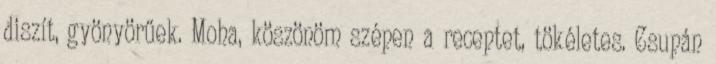
diszít, gyönyörűek. Moha, köszönöm szépen a receptet, tökéletes. Csupán